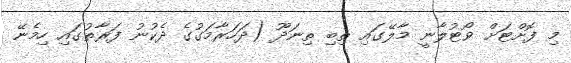
މި ފޮށްޓަށް ވޯޓުލާނީ މާލޭގައި ތިބި ތިނަދޫ (ދަހަރާމަގުގެ ދެކުނު ފަރާތުގައި ހިމެނޭ